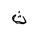
Letter: _tha